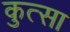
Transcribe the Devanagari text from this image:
कुत्सा